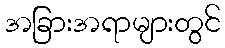
အခြားအရာများတွင်